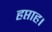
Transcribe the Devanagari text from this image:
हप्ताह।